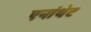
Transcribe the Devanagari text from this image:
एनांथेट